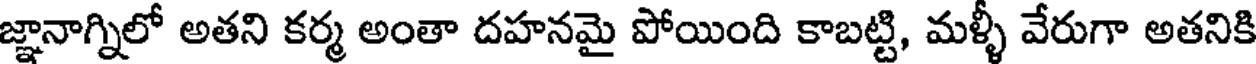
జ్ఞానాగ్నిలో అతని కర్మ అంతా దహనమై పోయింది కాబట్టి, మళ్ళీ వేరుగా అతనికి